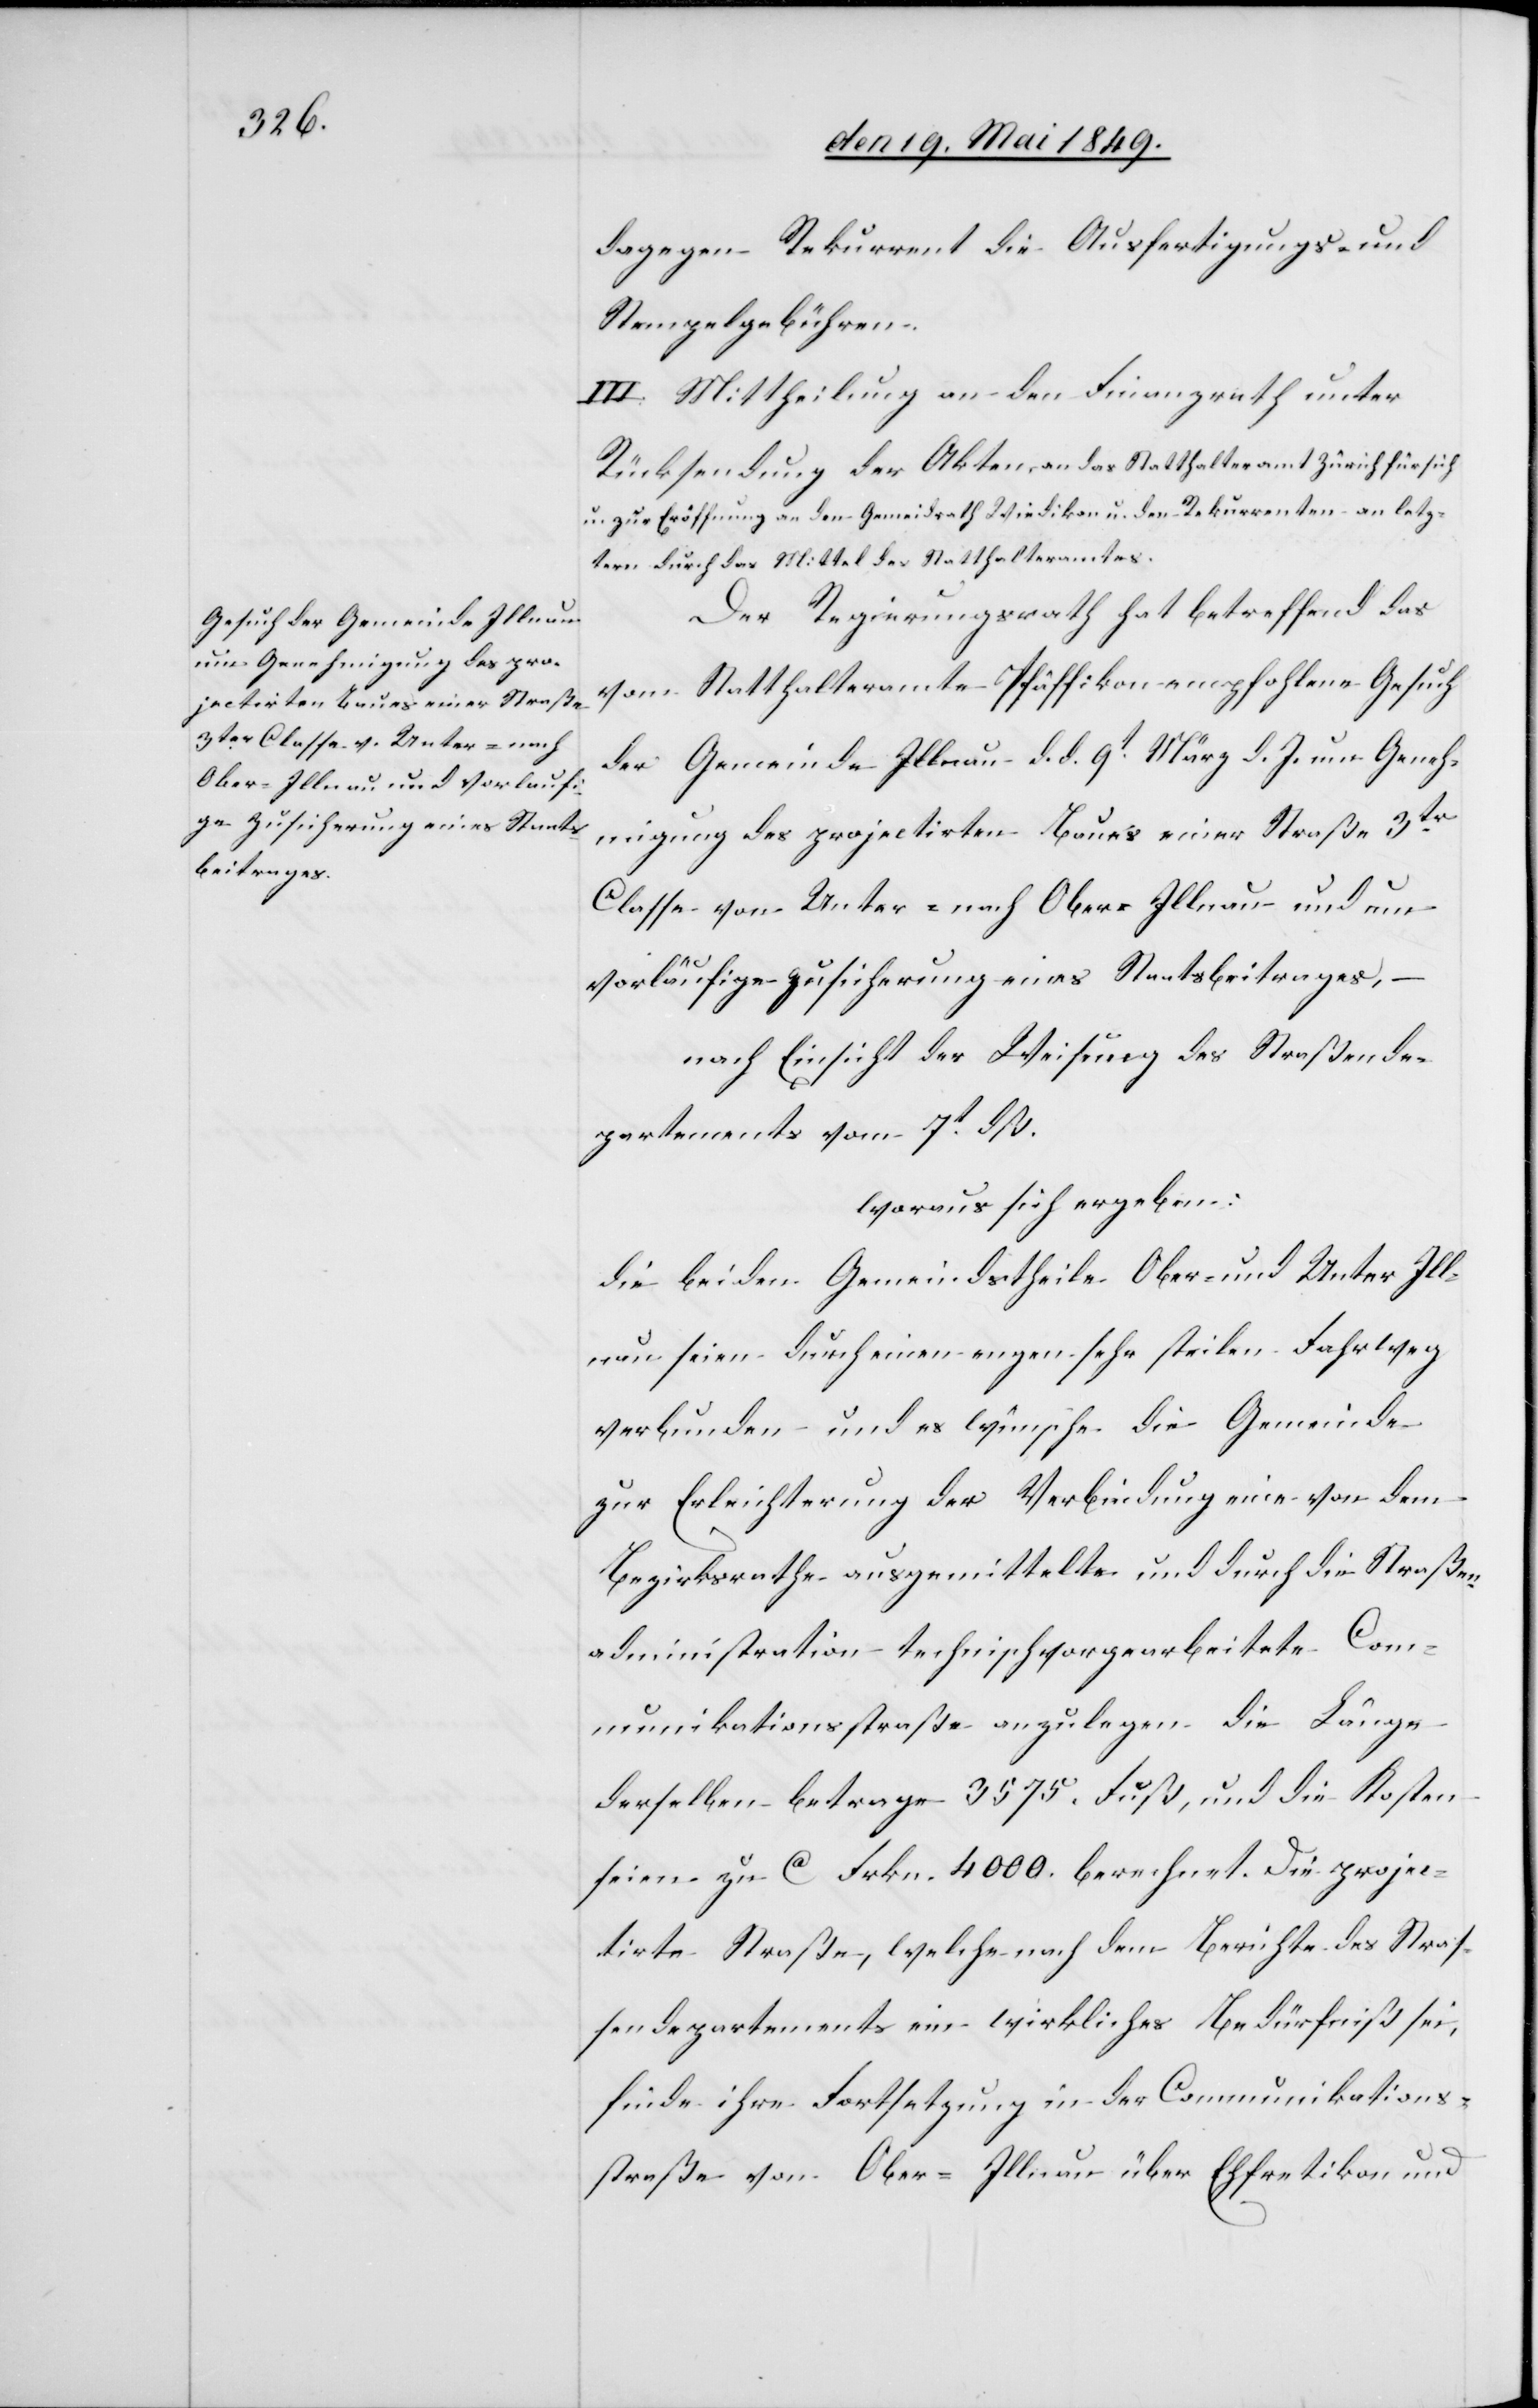
dagegen Rekurrent die Ausfertigungs- und
Stempelgebühren.
III. Mittheilung an den Finanzrath unter
Rücksendung der Akten, an das Statthalteramt Zürich für sich
u. zur Eröffnung an den Gemei[n]drath Wiedikon u. den Rekurrenten an letz¬
tern durch das Mittel des Statthalteramtes.
Der Regierungsrath hat betreffend das
vom Statthalteramte Pfäffikon empfohlene Gesuch
der Gemeinde Illnau d. d. 9t März d. J. um Geneh¬
migung des projectirten Baues einer Straße 3tr
Classe von Unter- nach Ober-Illnau und um
vorläufige Zusicherung eines Staatsbeitrages, –
nach Einsicht der Weisung des Straßende¬
partements vom 7t dß.
woraus sich ergeben:
die beiden Gemeindstheile Ober- und Unter Ill¬
nau seien durch einen engen sehr steilen Fahrweg
verbunden und es wünsche die Gemeinde
zur Erleichterung der Verbindung eine von dem
Bezirksrathe ausgemittelte und durch die Straßen¬
administration technisch vorgearbeitete Com¬
munikationsstraße anzulegen – die Länge
derselben betrage 3 575. Fuß, und die Kosten
seien zu ca Frkn. 4 000. berechnet. Die projec¬
tirte Straße, welche nach dem Berichte des Stras¬
sendepartements ein wirkliches Bedürfniß sei,
finde ihre Fortsetzung in der Communikations¬
straße von Ober-Illnau über Ehfretikon und